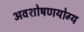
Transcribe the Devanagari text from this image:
अवशोषणयोग्य